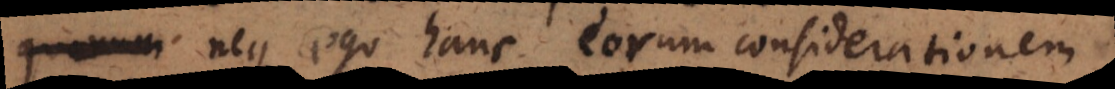
neque ego hanc eorum considerationem